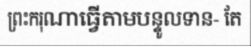
ព្រះករុណាធ្វើតាមបន្ទូលទាន- តែ